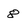
Character: 8